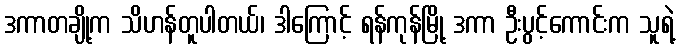
ဒကာတချို့က သိဟန်တူပါတယ်၊ ဒါကြောင့် ရန်ကုန်မြို့ ဒကာ ဦးပွင့်ကောင်းက သူရဲ့